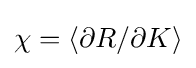
\chi =\langle \partial R/\partial K\rangle